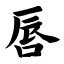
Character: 唇